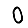
Digit: 0